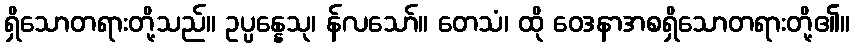
ရှိသောတရားတို့သည်။ ဥပ္ပန္နေသု၊ န်လသော်။ တေသံ၊ ထို ဝေဒနာအစရှိသောတရားတို့၏။